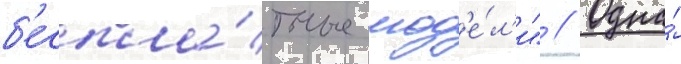
б'еспла́тные мод'е́л'и" // Одна́